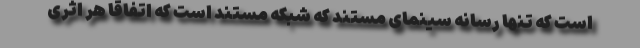
است که تنها رسانه سینمای مستند که شبکه مستند است که اتفاقا هر اثری